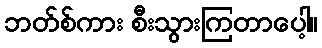
ဘတ်စ်ကား စီးသွားကြတာပေါ့။